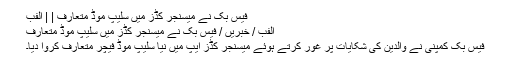
فیس بک نے میسنجر کڈز میں سلیپ موڈ متعارف | | الفب
الفب / خبریں / فیس بک نے میسنجر کڈز میں سلیپ موڈ متعارف
فیس بک کمپنی نے والدین کی شکایات پر غور کرتے ہوئے میسنجر کڈز ایپ میں نیا سلیپ موڈ فیچر متعارف کروا دیا۔